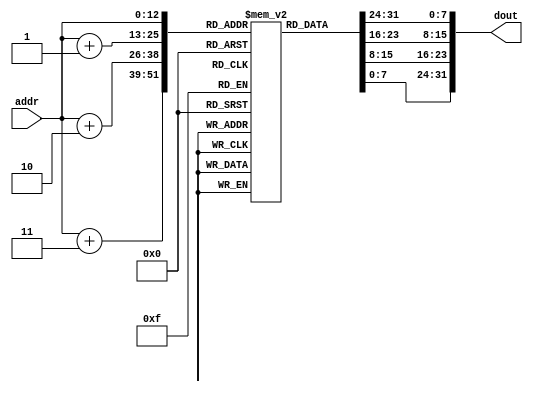
module im_8k( addr, dout );
    input [12:0] addr;  // address bus
    output [31:0] dout;  // 32-bit memory output
    reg [7:0] im[8191:0];
    //initial begin $readmemh("p2-testh.txt", mips_.im_1k_.im);end
    assign dout = {im[addr], im[addr+1], im[addr+2], im[addr+3]};
endmodule